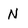
Character: N